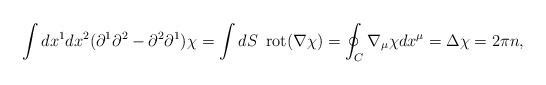
\begin{align*}\int dx^1 dx^2 ( \partial^1 \partial^2 -\partial^2 \partial^1 ) \chi = \int dS \enspace \mbox{rot} (\nabla \chi) = \oint_{C} \nabla_{\mu}\chi dx^{\mu}= \Delta \chi = 2\pi n,\end{align*}